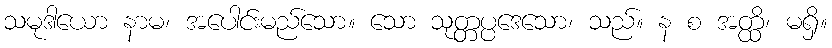
သမုဒါယော နာမ၊ အပေါင်းမည်သော။ သော သုတ္တပ္ပဒေသော၊ သည်။ န စ အတ္ထိ၊ မရှိ။